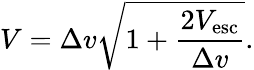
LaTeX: V=\Delta v{\sqrt{1+{\frac{2V_{\mathrm{esc}}}{\Delta v}}}}.